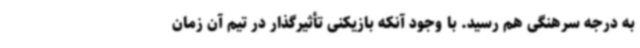
به درجه سرهنگی هم رسید. با وجود آنکه بازیکنی تأثیرگذار در تیم آن زمان